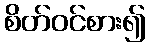
စိတ်ဝင်စား၍